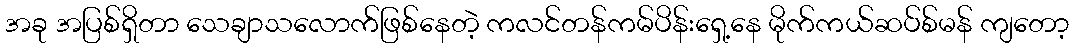
အခု အပြစ်ရှိတာ သေချာသလောက်ဖြစ်နေတဲ့ ကလင်တန်ကမ်ပိန်းရှေ့နေ မိုက်ကယ်ဆပ်စ်မန် ကျတော့